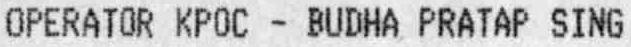
OPERATOR KPOC - BUDHA PRATAP SING